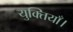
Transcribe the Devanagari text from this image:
युक्तियाँ।